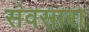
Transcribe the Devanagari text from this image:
संवसारा